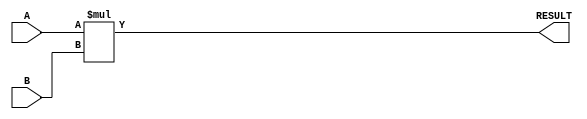
module parameterized_multiplier #(
    parameter WIDTH_A = 8,          // Bit-width of first input (A)
    parameter WIDTH_B = 8           // Bit-width of second input (B)
) (
    input  wire signed [WIDTH_A-1:0] A,  // First input operand
    input  wire signed [WIDTH_B-1:0] B,  // Second input operand
    output reg signed [WIDTH_A + WIDTH_B - 1:0] RESULT // Output result
);

// Behavioral multiplication process
always @(*) begin
    RESULT = A * B; // Perform multiplication
end

endmodule